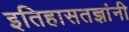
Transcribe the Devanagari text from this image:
इतिहासतज्ञांनी